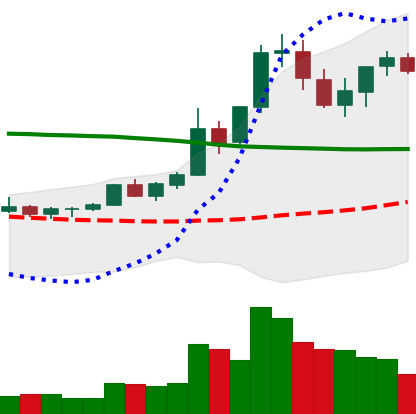
Ticker: XRP-USD
Chart end date: 2021-08-21
Forward return: -11.608%
Label: down_7plus